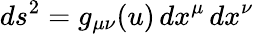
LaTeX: ds^{2}=g_{\mu\nu}(u)\, dx^{\mu}\, dx^{\nu}